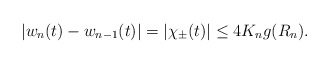
\begin{align*}|w_n (t) - w_{n-1}(t)| = |\chi_{\pm}(t)| \leq 4K_n g(R_n).\end{align*}